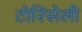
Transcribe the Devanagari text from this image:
टोरिसेली